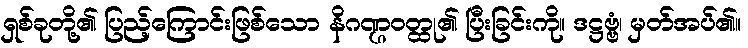
ရှစ်ခုတို့၏ ပြည့်ကြောင်းဖြစ်သော နိဂဏ္ဌဝတ္ထု၏ ပြီးခြင်းကို။ ဒဋ္ဌဗ္ဗံ၊ မှတ်အပ်၏။